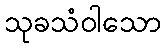
သုခသံဝါသော